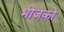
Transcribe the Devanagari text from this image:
भोजको